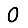
Digit: 0